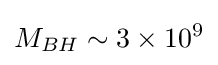
M_{BH}\sim 3\times 10^{9}